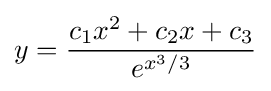
y={\frac {c_{1}x^{2}+c_{2}x+c_{3}}{e^{x^{3}/3}}}